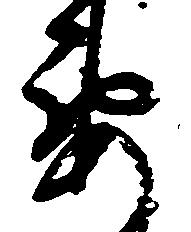
要